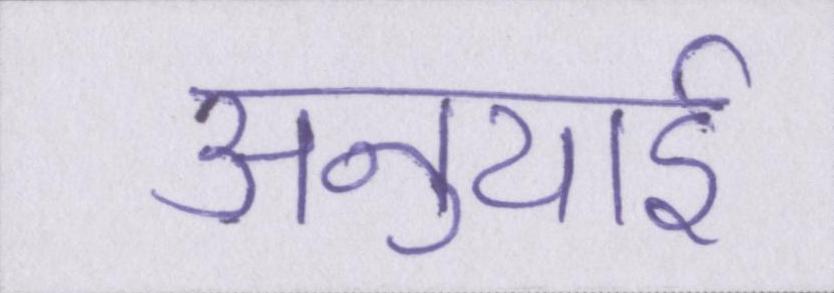
अनुयाई